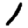
Digit: 1